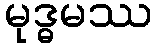
မုဒ္ဓမဿ